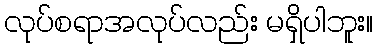
လုပ်စရာအလုပ်လည်း မရှိပါဘူး။